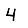
Digit: 4